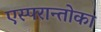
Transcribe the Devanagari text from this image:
एस्परान्तोका